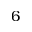
6